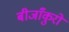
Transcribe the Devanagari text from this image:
बीजाँकुरों